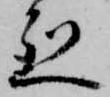
烈